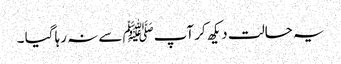
یہ حالت دیکھ کر آپﷺ سے نہ رہا گیا ۔